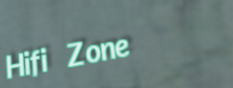
Hifi Zone